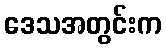
ဒေသအတွင်းက